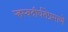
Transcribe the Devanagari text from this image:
र्‍हस्वदीर्घतेप्रमाणे